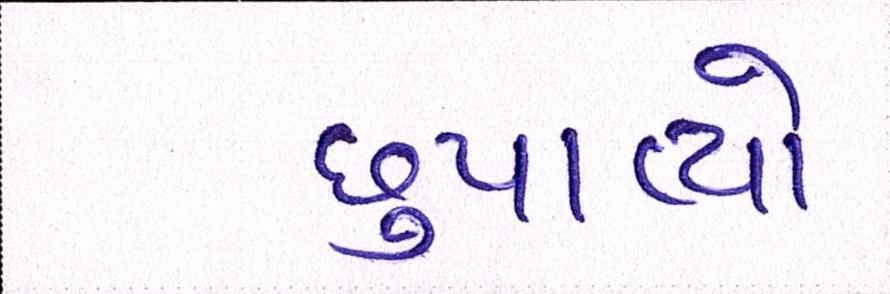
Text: છુપાવ્યો